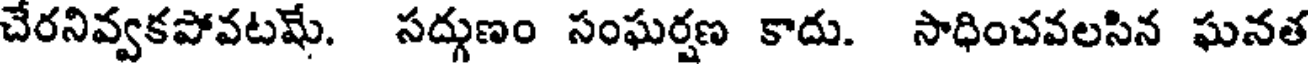
చేరనివ్వకపోవటమే. సద్గుణం సంఘర్షణ కాదు. సాధించవలసిన ఘనత